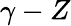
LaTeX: \gamma-Z